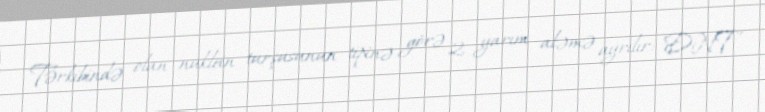
Tərkibində olan nuklein turşusunun tipinə görə 2 yarım aləmə ayrılır: DNT